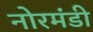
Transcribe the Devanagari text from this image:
नोरमंडी